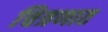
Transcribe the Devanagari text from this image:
चित्रणात